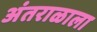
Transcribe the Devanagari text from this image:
अंतराळाला